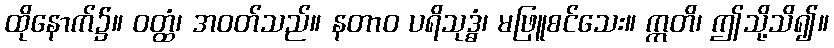
ထိုနောက်၌။ ဝတ္ထံ၊ အဝတ်သည်။ နတာဝ ပရိသုဒ္ဓံ၊ မဖြူစင်သေး။ ဣတိ၊ ဤသို့သိ၍။